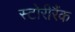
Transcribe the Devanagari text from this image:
स्टोरीरैंक